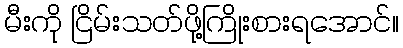
မီးကို ငြိမ်းသတ်ဖို့ကြိုးစားရအောင်။